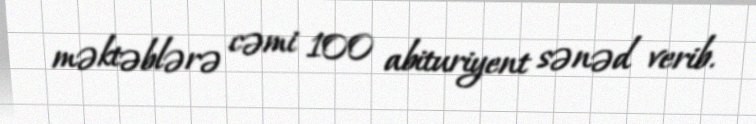
məktəblərə cəmi 100 abituriyent sənəd verib.